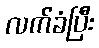
လက်ခံပြီး